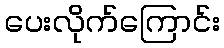
ပေးလိုက်ကြောင်း